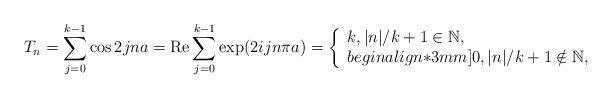
LaTeX: \begin{align*}T_{n}=\sum_{j=0}^{k-1}\cos 2jna=\mbox{Re}\sum_{j=0}^{k-1}\exp(2ijn\pi a)=\left\{\begin{array}{l}k,|n|/k+1\in {\mathbb{N}}, \\begin{align*}3mm]0,|n|/k+1\notin {\mathbb{N}},\end{array}\right. \end{align*}